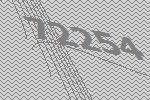
72254